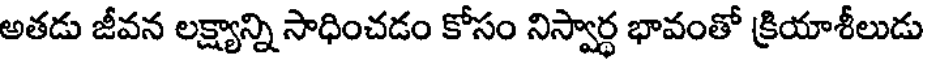
అతడు జీవన లక్ష్యాన్ని సాధించడం కోసం నిస్వార్ధ భావంతో క్రియాశీలుడు